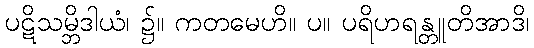
ပဋိသမ္ဘိဒါယံ၊ ၌။ ကတမေဟိ။ ပ။ ပရိဟရန္တူတိအာဒိ၊